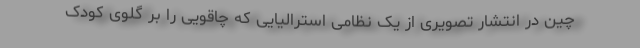
چین در انتشار تصویری از یک نظامی استرالیایی که چاقویی را بر گلوی کودک